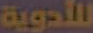
للأدوية